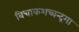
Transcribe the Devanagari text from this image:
विचाकशच्चन्द्रमा